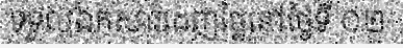
ទទួលឯកសារដេញថ្លៃនៅថ្ងៃទី ០២